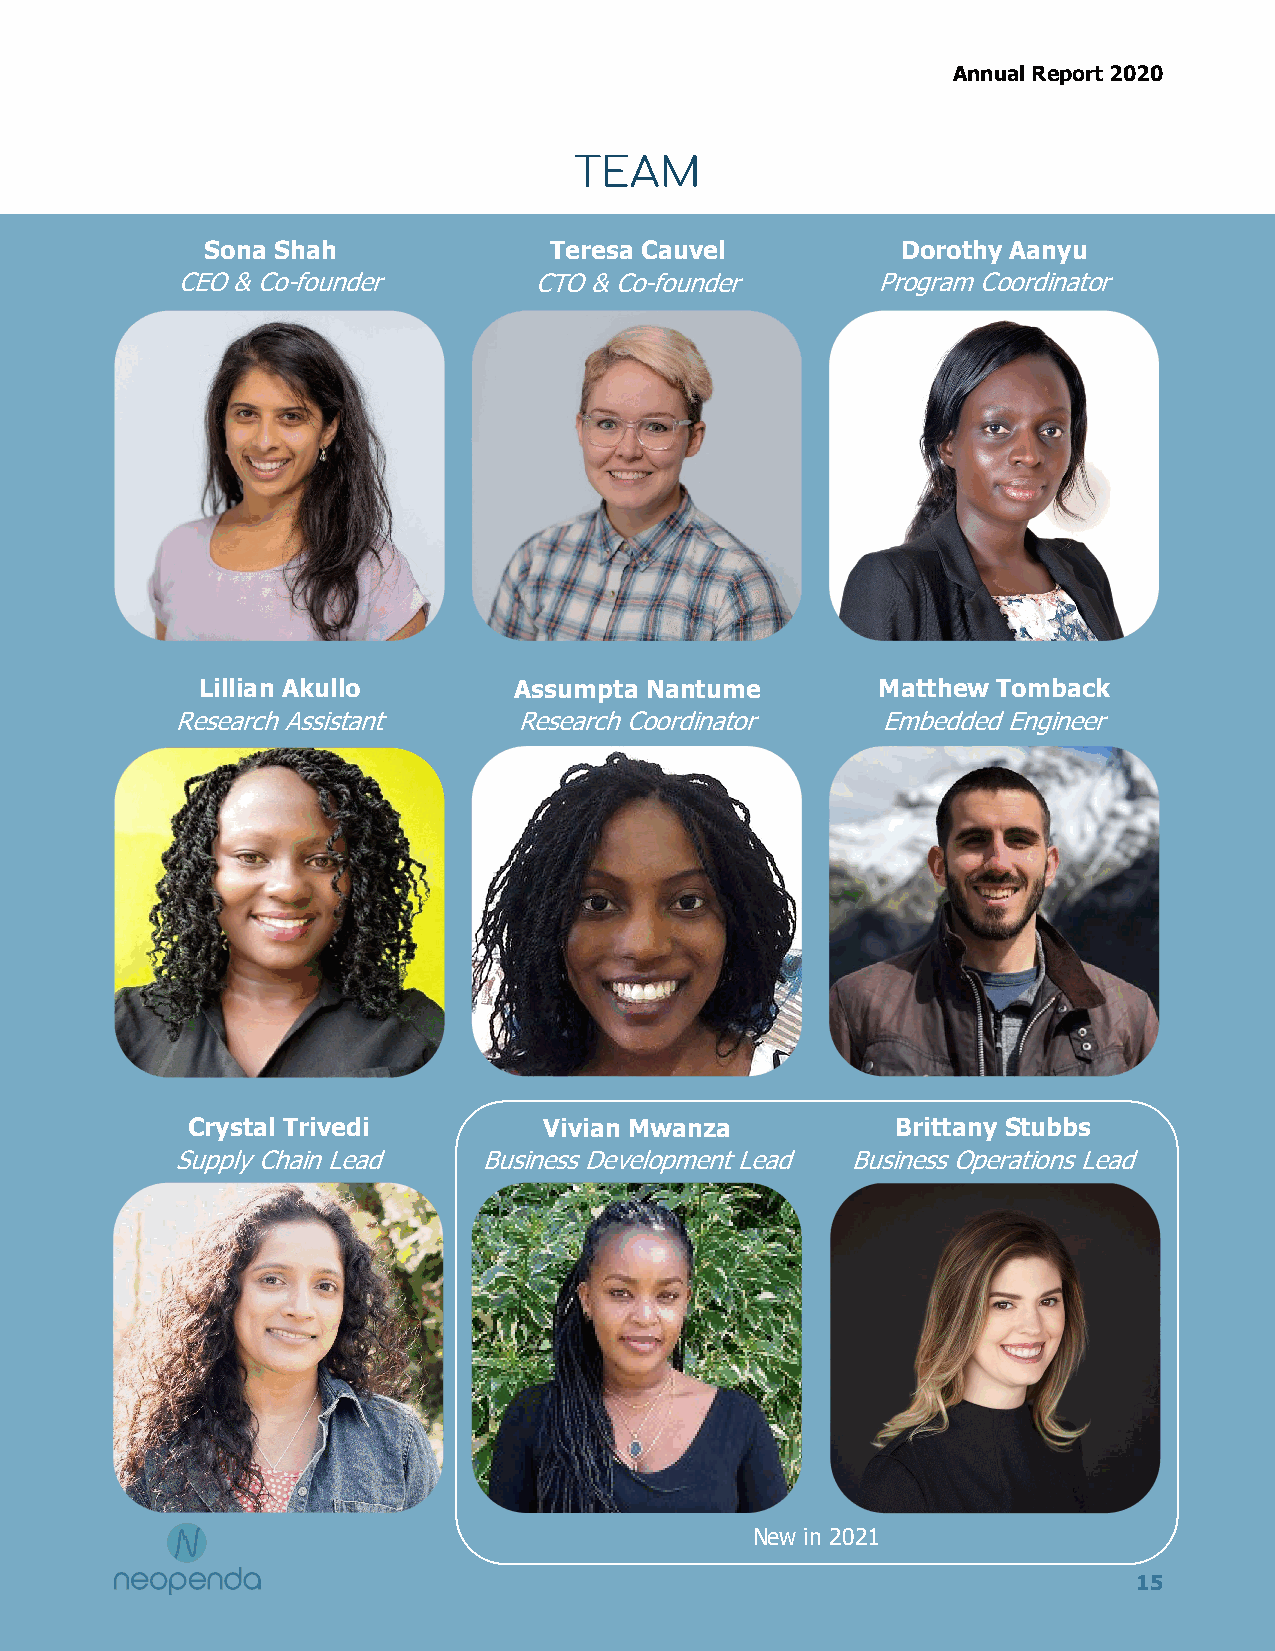
Annual Report 2020
 TEAM
 Sona Shah             Teresa Cauvel           Dorothy Aanyu
 CEO & Co-founder       CTO & Co -founder      Program Coordinator
 Lillian Akullo       Assumpta Nantume        Matthew Tomback
 Research Assistant     Research Coordinator    Embedded Engineer
 Crystal Trivedi         Vivian Mwanza          Brittany Stubbs
 Supply Chain Lead    Business Development Lead Business Operations Lead
 New in 2021
 15